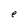
Character: e